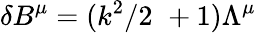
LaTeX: \delta B^{\mu}=(k^{2}/2\, \, +1)\Lambda^{\mu}